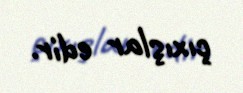
çıxışlar edir.